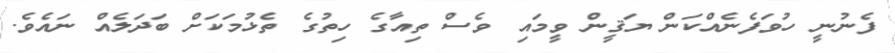
ފެނުނީ ހުވަފެނެއްކަން ޔަޤީން ވީމައި ވެސް ތިއާގެ ހިތުގެ ތެޅުމަކަށް ބަދަލެއް ނައެވެ.